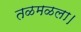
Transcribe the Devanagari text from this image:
तळमळला।